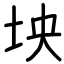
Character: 坱